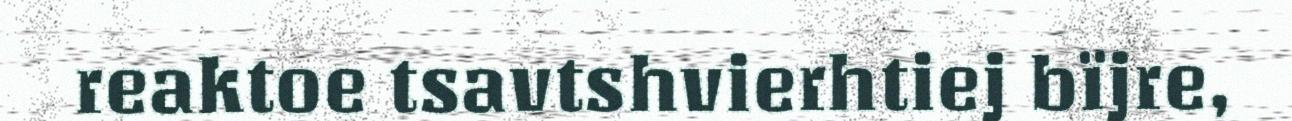
reaktoe tsavtshvierhtiej bïjre,